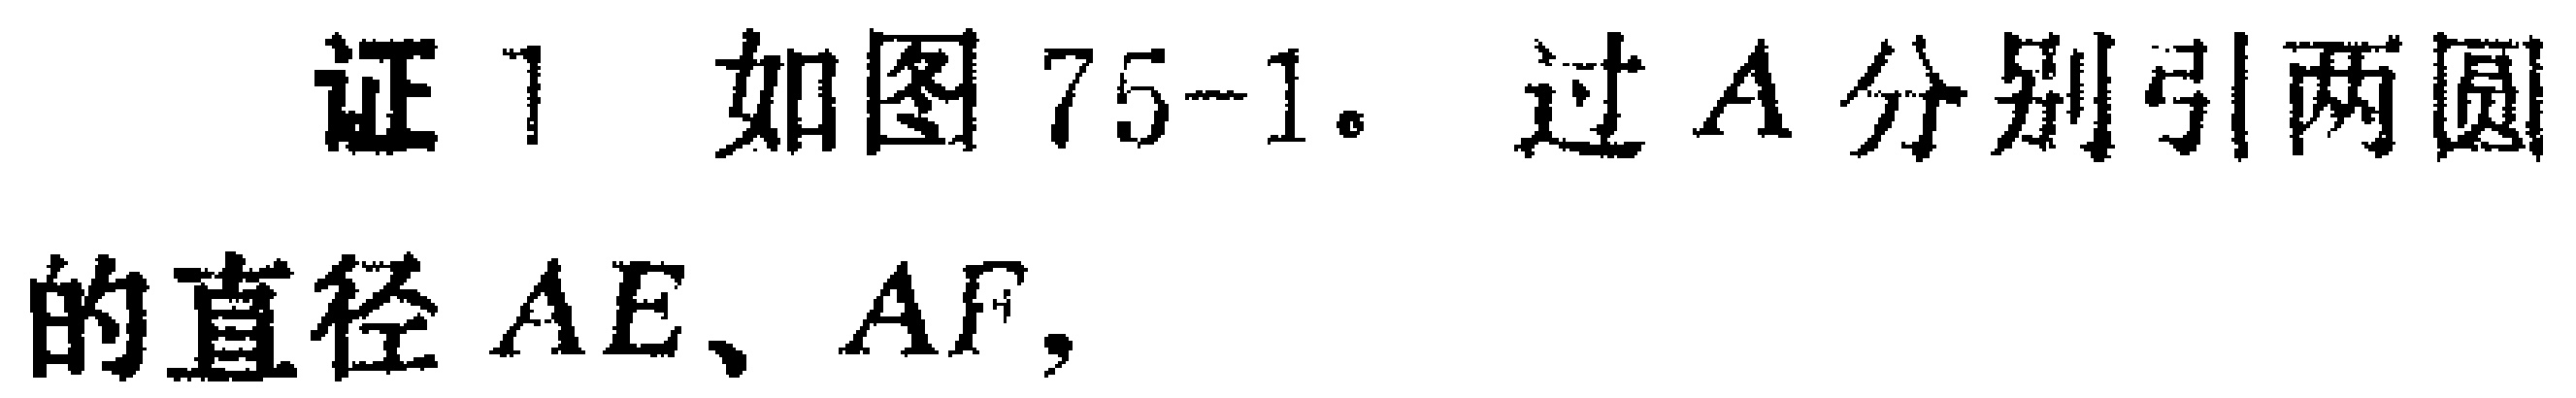
证 1 如图 75-1。过 \(A\) 分别引两圆的直径 \(AE\)、\(AF\)，